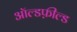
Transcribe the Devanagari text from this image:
ऑल्डफ़ील्ड